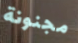
مجنونة